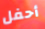
أحفل